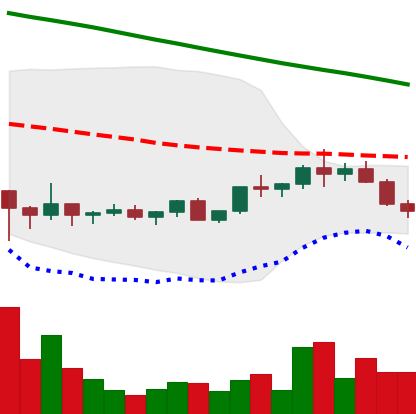
Ticker: ADA-USD
Chart end date: 2022-02-12
Forward return: -3.62%
Label: down_3_5